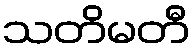
သတိမတီ